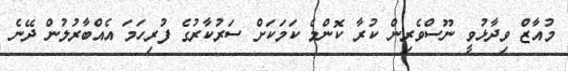
މުއާޒް ވިދާޅުވީ ނޫސްވެރިން ކުރާ ކޮންމެ ކަމަަކަށް ސަރުކާރުގެ ފުރިހަމަ އެއްބާރުލުން ދޭނެ